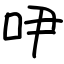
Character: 吚